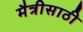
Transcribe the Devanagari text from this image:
मैत्रीसाठी